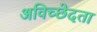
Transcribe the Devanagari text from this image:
अविच्छेदता